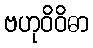
ဗဟုဝိဝိဓာ